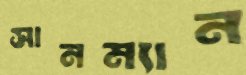
সানম্যান